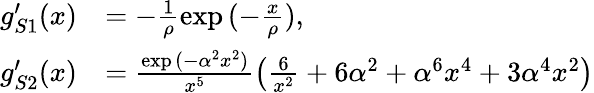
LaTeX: \begin{array}{rl}{g_{S1}^{\prime}(x)}&{=-\frac{1}{\rho}\exp{(-\frac{x}{\rho})},}\\ {g_{S2}^{\prime}(x)}&{=\frac{\exp{(-\alpha^{2}x^{2})}}{x^{5}}\left(\frac{6}{x^{2}}+6\alpha^{2}+\alpha^{6}x^{4}+3\alpha^{4}x^{2}\right)}\end{array}